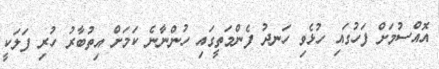
އޮއްސުމަށް ފަހުގައި ހުޅެވި ހަނދު ފެންމަތީގައި ހުންނާނެ ކަމަށް އިތުބާރު ހުރި ފަލަކީ